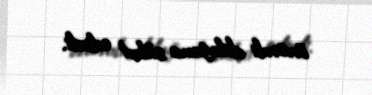
önəmli olduğunu sübut edirdi.